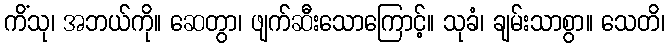
ကိံသု၊ အဘယ်ကို။ ဆေတွာ၊ ဖျက်ဆီးသောကြောင့်။ သုခံ၊ ချမ်းသာစွာ။ သေတိ၊